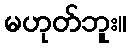
မဟုတ်ဘူး။